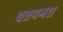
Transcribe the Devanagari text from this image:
वसनगरा